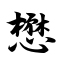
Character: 懋